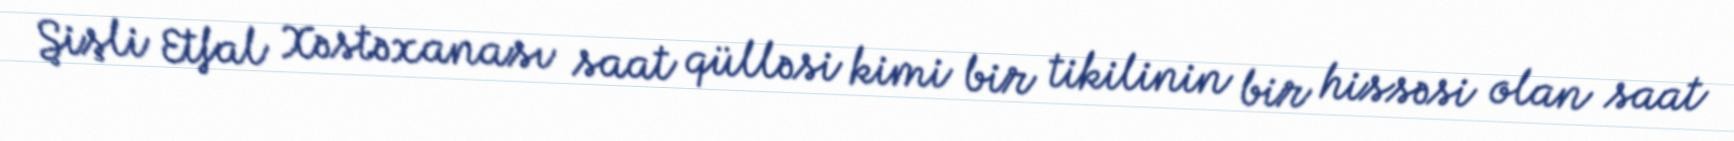
Şişli Etfal Xəstəxanası saat qülləsi kimi bir tikilinin bir hissəsi olan saat